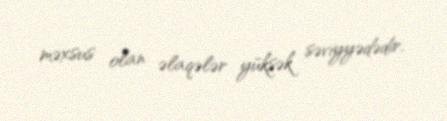
məxsus olan əlaqələr yüksək səviyyədədir.